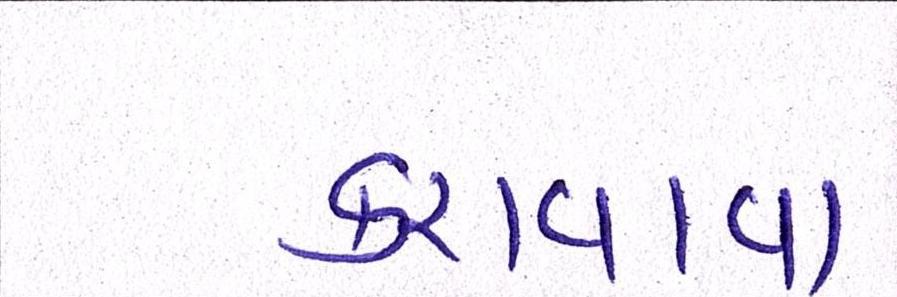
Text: કરાવાવ